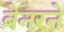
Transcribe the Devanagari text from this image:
बेनरने